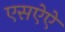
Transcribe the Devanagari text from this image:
एसऐऐ